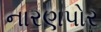
નારણપોર